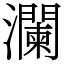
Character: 瀾